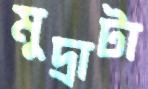
মুদ্রাটা